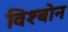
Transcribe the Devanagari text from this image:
विश्बोन